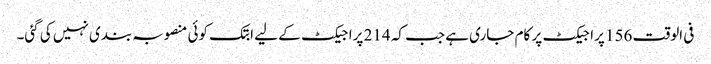
فی الوقت 156 پراجیکٹ پر کام جاری ہے جب کہ 214 پراجیکٹ کے لیے ابتک کوئی منصوبہ بندی نہیں کی گئی۔